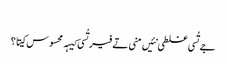
‏
جے تُسی غلطی نئیں منی تے فیر تُسی کیہہ محسوس کیتا؟